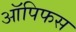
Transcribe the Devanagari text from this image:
ऑपिफस